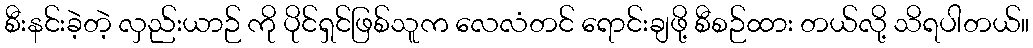
စီးနင်းခဲ့တဲ့ လှည်းယာဉ် ကို ပိုင်ရှင်ဖြစ်သူက လေလံတင် ရောင်းချဖို့ စီစဉ်ထား တယ်လို့ သိရပါတယ်။